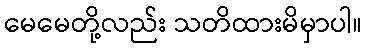
မေမေတို့လည်း သတိထားမိမှာပါ။